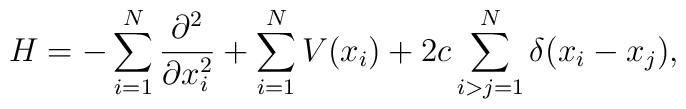
H = - \sum_{i=1}^{N}\frac{\partial^{2} }{\partial x_{i}^{2} }+ \sum_{i=1}^{N}V(x_{i}) + 2c\sum_{i > j = 1 }^{N}\delta (x_{i} - x_{j} ),